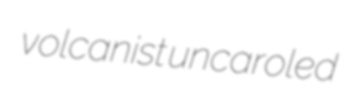
volcanist uncaroled